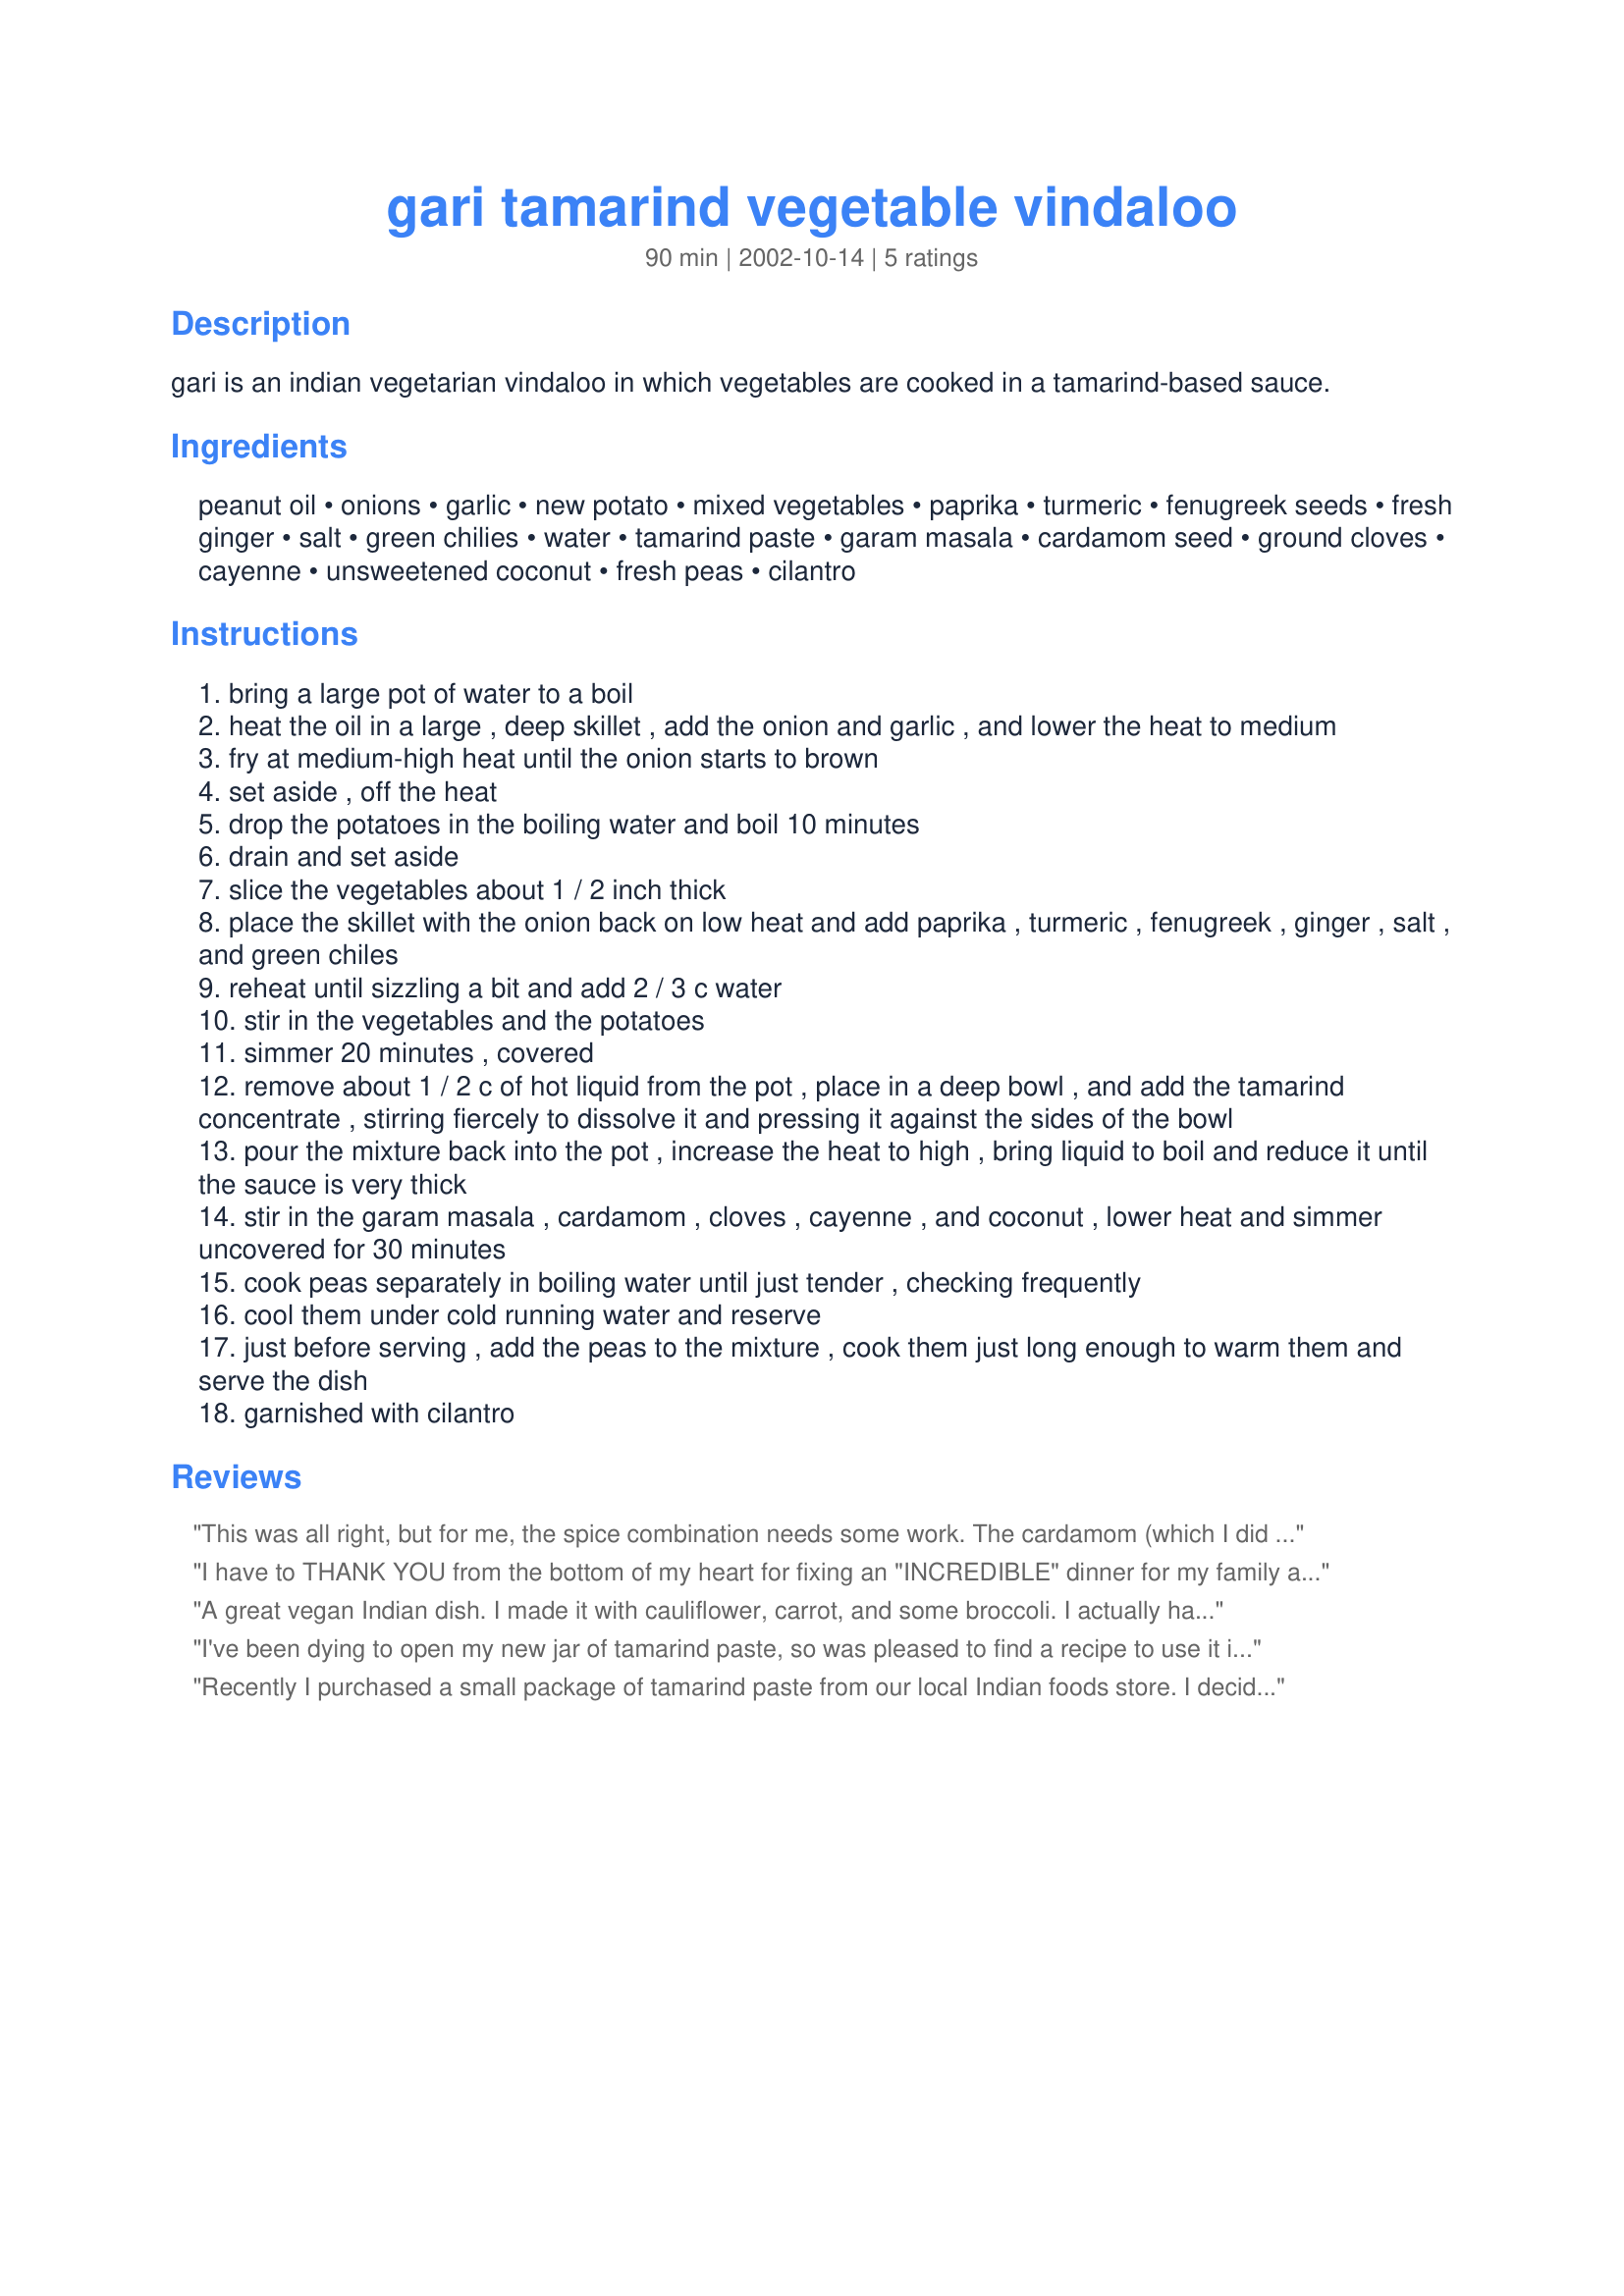
gari tamarind vegetable vindaloo
Preparation time: 90 minutes

gari is an indian vegetarian vindaloo in which vegetables are cooked in a tamarind-based sauce.

Ingredients:
peanut oil, onions, garlic, new potato, mixed vegetables, paprika, turmeric, fenugreek seeds, fresh ginger, salt, green chilies, water, tamarind paste, garam masala, cardamom seed, ground cloves, cayenne, unsweetened coconut, fresh peas, cilantro

Steps:
bring a large pot of water to a boil
heat the oil in a large , deep skillet , add the onion and garlic , and lower the heat to medium
fry at medium-high heat until the onion starts to brown
set aside , off the heat
drop the potatoes in the boiling water and boil 10 minutes
drain and set aside
slice the vegetables about 1 / 2 inch thick
place the skillet with the onion back on low heat and add paprika , turmeric , fenugreek , ginger , salt , and green chiles
reheat until sizzling a bit and add 2 / 3 c water
stir in the vegetables and the potatoes
simmer 20 minutes , covered
remove about 1 / 2 c of hot liquid from the pot , place in a deep bowl , and add the tamarind concentrate , stirring fiercely to dissolve it and pressing it against the sides of the bowl
pour the mixture back into the pot , increase the heat to high , bring liquid to boil and reduce it until the sauce is very thick
stir in the garam masala , cardamom , cloves , cayenne , and coconut , lower heat and simmer uncovered for 30 minutes
cook peas separately in boiling water until just tender , checking frequently
cool them under cold running water and reserve
just before serving , add the peas to the mixture , cook them just long enough to warm them and serve the dish
garnished with cilantro

Reviews:
This was all right, but for me, the spice combination needs some work. The cardamom (which I did measure) is too strong, and the flavors overall seem too sharp. I left the dish in the refrigerator overnight, hoping it would mellow. It seems to have mellowed a little, but not enough for my taste. I think I will add coconut milk to the remainder to smooth things out. Nonetheless, it was an interesting experience, for which I thank you.
I have to THANK YOU from the bottom of my heart for fixing an "INCREDIBLE" dinner for my family and friends' tonight! You know, when you make something for the first time and it goes so well, you feel, like WOW, I did something GREAT today! We had friends' coming home tonight and they weren't going to stay for dinner.
That was the best part. I made this using about 3 tbsps. cooking oil(3/4 cup is way too much!), 9 large onions(cut into thin wafers), 2 real large potatoes( I peeled mine and cut 'em into 1 inch cubes), 6 cloves garlic(peeled and chopped), 1 tsp. turmeric powder, a pinch of red food colour (This is a necessity for this dish - what a breath of life it imparts in the beautiful red colour that emerges when you add this- I added this right at the end, just before garnishing and mixed it in real well and wow! I'll never forget how beautiful the colour was), 454 gms of mixed vegetables(I used 1 medium cauliflower, cut into florets, 2 green capsicums, 1 small white pumpkin, some Frenchbeans and some celery), 1 tsp. fennel seeds(powdered) instead of fenugreek seeds, 1 1/2 tsps. salt, 2 green chillies, 1 1/2 tbsps. fresh ginger(peeled and chopped), 2 2/3 cups water( this much is needed, IMHO, to cook the vegetables), 1 1/2 tsps. garam masala powder, 1/2 tsp. whole corriander seeds instead of whole cardamom seeds, 1/2 tsp. red chilli powder, 1/2 tsp. black pepper powder instead of paprika, 2 cloves(powdered), 3 tbsps. shredded coconut and 1 1/2 tbsps. corriander leaves(chopped and used to garnish). Most important, I used 1/2 cup of tamarind juice!
I didn't boil my potatoes separately, I just tossed them into the skillet alongwith the other veggies and they cooked beautifully! In step 9, I added 2 2/3 cups water. Just 2/3 cup was too less and I knew this dish needed more since there was a gigantic quantity of veggies in there that had to cook :-)
I added the tamarind juice in step 10 (I omitted steps 1, 5, 6, 11, 12, 13, 15, 16 and 17). Thereafter, I skipped to step 14. After following step 14, I allowed everything in the skillet to cook(there wasn't enough gravy even now to allow it to 'simmer'), COVERED, for 30-40 minutes. I did stir once every 5-8 minutes.

Right from the stage 1 where the onions were browning, my guests left my sitting room and popped in one-by-one into my kitchen saying, "Hey wow, Charishma, what you making? Oh, the wonderful aroma of the onions!" And, I ended up teaching almost 3 families how to make Vegetable Vindaloo tonight! :-)

Well, as you must've guessed by now, they invited themselves to dinner! LOL. All of them stayed behind, and wow, they ate! I even packed some for them to have tomorrow for a delicious breakfast with buns! 

We'll be seeing sweet dreams tonight, thanks, my unknown friend, you made my day just SO ULTRA-SPECIAL!

I must also add - The garnishing of this dish with corriander leaves at the end, made this look, like it had come right from a 5 star hotel!
You deserve awards for posting this recipe.
Thanks, again n again. This will be a regular on our table hereafter!

I'll surely look forward to more recipes from you.
Thanks, again!
A great vegan Indian dish. I made it with cauliflower, carrot, and some broccoli. I actually had to replace the peas with corn, but it turned out very well. I agree with Charishma- 3/4 cup oil is excessive. I think 3-4 Tablespoons is a more appropriate amount. I used unrefined peanut oil for the oil and added some chopped peanuts to the final mix. Terrific flavor - the spices and the tamarind and the vegetables combine wonderfully. Also like Charishma, I didn't steam the potatoes seperately. I sauteed the onions with the spices, then added some water and the potatoes. When the potatoes were almost done, I added the veggies and other ingredients and cooked through. Easy! We enjoyed this with basmati rice and a touch of yogurt (since we're not vegan). I hope to try it again with green beans and peas- maybe I'll even try winter squash sometime like Charishma did. Lovely, very healthy meal and great for using up veggies you need to use up in the fridge and freezer- Thanks!
I've been dying to open my new jar of tamarind paste, so was pleased to find a recipe to use it in. I really enjoyed this; it has a lovely spicy sauce, which is warm rather than hot. My vegetable mix was made up of largely of aubergines (because that's what I had) and also included green beans and a yellow pepper.
Recently I purchased a small package of tamarind paste from our local Indian foods store. I decided to make tamarind syrup from this to use for making drinks and adding to recipes. I was so pleased with the results I began to search for an Indian recipe to try it out. I&#039;ve been a big fan of vindaloos for many years so I thought I&#039;d try this out. I did add a few things not called for in the recipe (mostly things I had in the fridge I wanted to use before they spoiled), chicken breast strips, hing leaf, mint leaf. I also increased the tamarind to 2 tbsp. syrup. The rest I followed the recipe to the letter. I served this with some brown basmati rice. This was absolutely delicious. We like it so much we had seconds (something my partner rarely does). I put a tbsp. of the syrup in a glass, added water and a few ice cubes and stirred. Easy drink that was the perfect accompaniment for this dish. This the first time I used fenugreek and cardamom seed whole. That really enhanced the flavor experience of this dish. It was like discovering new and subtly different tastes in each bite. We both like cardamom a lot so this was a delightful flavor experience!
